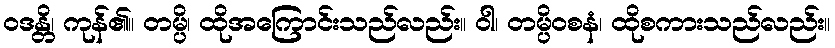
ဝဒန္တိ၊ ကုန်၏။ တမ္ပိ၊ ထိုအကြောင်းသည်လည်း။ ဝါ၊ တမ္ပိဝစနံ၊ ထိုစကားသည်လည်း။